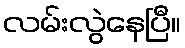
လမ်းလွဲနေပြီ။